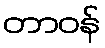
တာဝန်